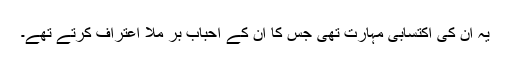
یہ ان کی اکتسابی مہارت تھی جس کا ان کے احباب بر ملا اعتراف کرتے تھے۔